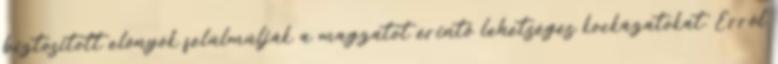
biztosított előnyök felülmúlják a magzatot érintő lehetséges kockázatokat. Erről